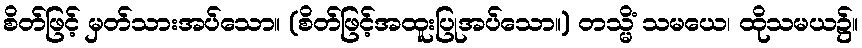
စိတ်ဖြင့် မှတ်သားအပ်သော။ (စိတ်ဖြင့်အထူးပြုအပ်သော။) တသ္မိံ သမယေ၊ ထိုသမယ၌။